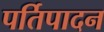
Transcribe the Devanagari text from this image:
पर्तिपादन